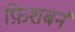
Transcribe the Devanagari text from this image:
फ़िशबर्न